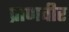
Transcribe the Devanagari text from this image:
प्राणवीर